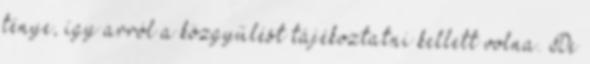
ténye, így arról a közgyűlést tájékoztatni kellett volna. De